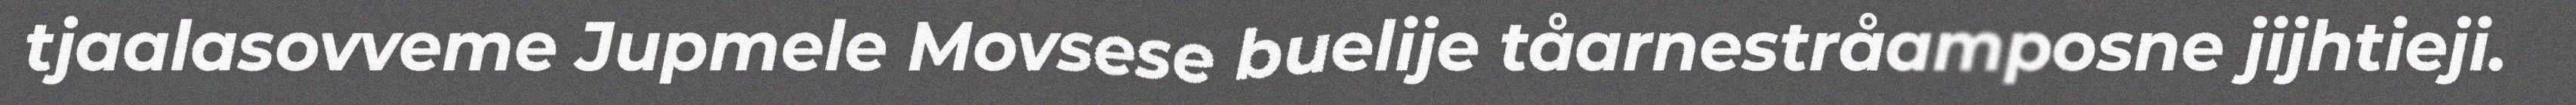
tjaalasovveme Jupmele Movsese buelije tåarnestråamposne jijhtieji.